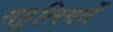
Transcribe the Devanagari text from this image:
सहूलियतें